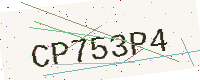
Text: CP753P4